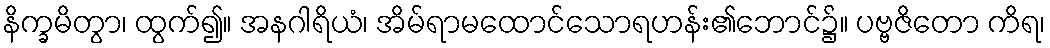
နိက္ခမိတွာ၊ ထွက်၍။ အနဂါရိယံ၊ အိမ်ရာမထောင်သောရဟန်း၏ဘောင်၌။ ပဗ္ဗဇိတော ကိရ၊